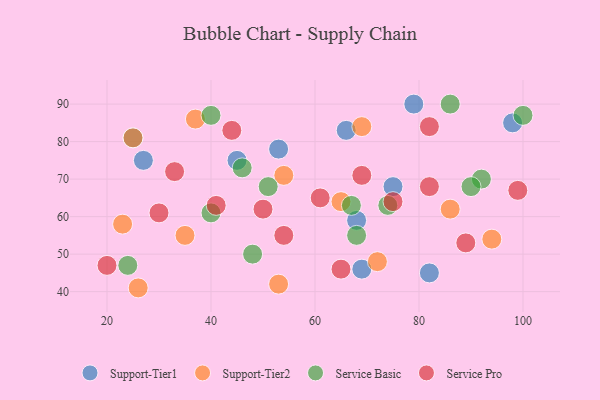
{"axis": {"x": "GDP", "y": "Life Expectancy"}, "legend": ["Service Basic", "Service Pro", "Support-Tier1", "Support-Tier2"], "data": [{"x": "82", "y": 45, "type": "Support-Tier1"}, {"x": "69", "y": 46, "type": "Support-Tier1"}, {"x": "79", "y": 90, "type": "Support-Tier1"}, {"x": "27", "y": 75, "type": "Support-Tier1"}, {"x": "66", "y": 83, "type": "Support-Tier1"}, {"x": "98", "y": 85, "type": "Support-Tier1"}, {"x": "75", "y": 68, "type": "Support-Tier1"}, {"x": "45", "y": 75, "type": "Support-Tier1"}, {"x": "68", "y": 59, "type": "Support-Tier1"}, {"x": "25", "y": 81, "type": "Support-Tier1"}, {"x": "53", "y": 78, "type": "Support-Tier1"}, {"x": "23", "y": 58, "type": "Support-Tier2"}, {"x": "37", "y": 86, "type": "Support-Tier2"}, {"x": "72", "y": 48, "type": "Support-Tier2"}, {"x": "94", "y": 54, "type": "Support-Tier2"}, {"x": "86", "y": 62, "type": "Support-Tier2"}, {"x": "65", "y": 64, "type": "Support-Tier2"}, {"x": "25", "y": 81, "type": "Support-Tier2"}, {"x": "35", "y": 55, "type": "Support-Tier2"}, {"x": "69", "y": 84, "type": "Support-Tier2"}, {"x": "26", "y": 41, "type": "Support-Tier2"}, {"x": "54", "y": 71, "type": "Support-Tier2"}, {"x": "53", "y": 42, "type": "Support-Tier2"}, {"x": "100", "y": 87, "type": "Service Basic"}, {"x": "46", "y": 73, "type": "Service Basic"}, {"x": "48", "y": 50, "type": "Service Basic"}, {"x": "24", "y": 47, "type": "Service Basic"}, {"x": "40", "y": 87, "type": "Service Basic"}, {"x": "92", "y": 70, "type": "Service Basic"}, {"x": "68", "y": 55, "type": "Service Basic"}, {"x": "90", "y": 68, "type": "Service Basic"}, {"x": "51", "y": 68, "type": "Service Basic"}, {"x": "86", "y": 90, "type": "Service Basic"}, {"x": "40", "y": 61, "type": "Service Basic"}, {"x": "74", "y": 63, "type": "Service Basic"}, {"x": "67", "y": 63, "type": "Service Basic"}, {"x": "69", "y": 71, "type": "Service Pro"}, {"x": "54", "y": 55, "type": "Service Pro"}, {"x": "41", "y": 63, "type": "Service Pro"}, {"x": "75", "y": 64, "type": "Service Pro"}, {"x": "82", "y": 84, "type": "Service Pro"}, {"x": "89", "y": 53, "type": "Service Pro"}, {"x": "82", "y": 68, "type": "Service Pro"}, {"x": "20", "y": 47, "type": "Service Pro"}, {"x": "61", "y": 65, "type": "Service Pro"}, {"x": "99", "y": 67, "type": "Service Pro"}, {"x": "50", "y": 62, "type": "Service Pro"}, {"x": "30", "y": 61, "type": "Service Pro"}, {"x": "65", "y": 46, "type": "Service Pro"}, {"x": "33", "y": 72, "type": "Service Pro"}, {"x": "44", "y": 83, "type": "Service Pro"}]}